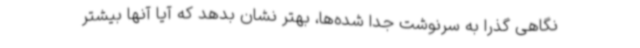
نگاهی گذرا به سرنوشت جدا شده‌ها، بهتر نشان بدهد که آیا آنها بیشتر